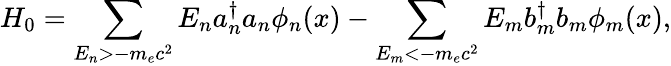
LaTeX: H_{0}=\sum_{E_{n}>-m_{e}c^{2}}E_{n}a_{n}^{\dagger}a_{n}\phi_{n}(x)-\sum_{E_{m}<-m_{e}c^{2}}E_{m}b_{m}^{\dagger}b_{m}\phi_{m}(x),